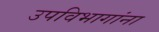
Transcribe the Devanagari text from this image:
उपविभागांना